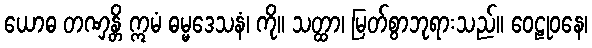
ယောဓ တဏှန္တိ ဣမံ ဓမ္မဒေသနံ၊ ကို။ သတ္ထာ၊ မြတ်စွာဘုရားသည်။ ဝေဠုဝနေ၊